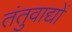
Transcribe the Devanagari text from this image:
तंतुवाद्यों